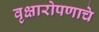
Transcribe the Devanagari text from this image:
वृक्षारोपणाचे